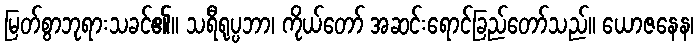
မြတ်စွာဘုရားသခင်၏။ သရီရုပ္ပဘာ၊ ကိုယ်တော် အဆင်းရောင်ခြည်တော်သည်။ ယောဇနေန၊